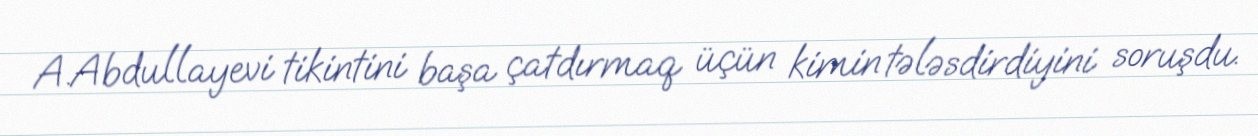
A.Abdullayevi tikintini başa çatdırmaq üçün kimin tələsdirdiyini soruşdu.